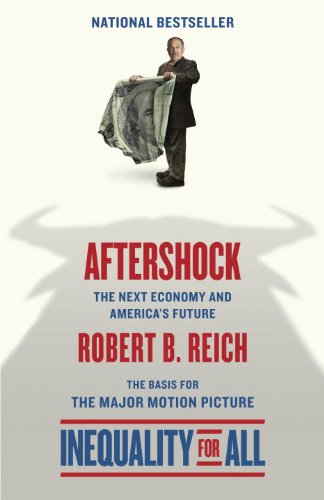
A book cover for Aftershock(Inequality for All--Movie Tie-in Edition); Robert B. Reich; Business & Money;